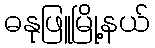
ဓနုဖြူမြို့နယ်